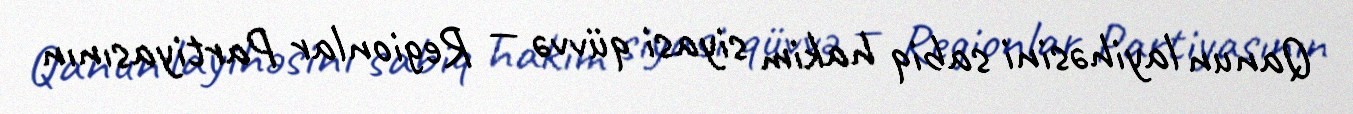
Qanun layihəsini sabiq hakim siyasi qüvvə — Regionlar Partiyasının